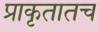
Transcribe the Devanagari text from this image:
प्राकृतातच